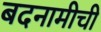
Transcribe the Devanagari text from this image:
बदनामीची